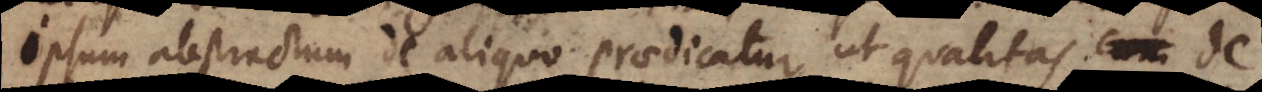
ipsum abstractum de aliquo praedicatur, ut qualitas de